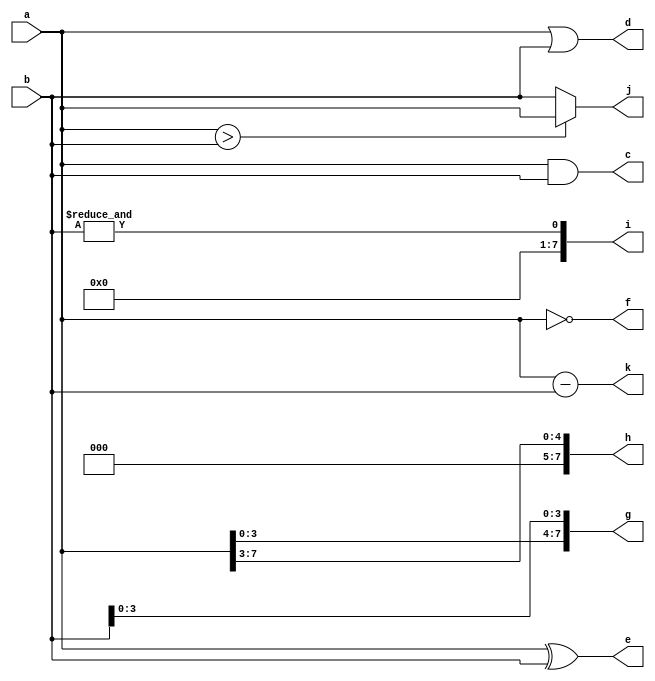
//
module test(
    input [7:0] a,b,
	output [7:0] c,d,e,f,g,h,i,j,k );

    assign c = a & b;
	assign d = a | b;
	assign e = a ^ b;
	assign f = ~a;
	assign g = {a[3:0],b[3:0]};
	assign h = a >> 3;
	assign i = &b;
	assign j = (a > b) ? a : b;
	assign k = a - b;

endmodule

/*
 a = 8'b0011_0011, b = 8'b1111_0000 
c = 8'b11_0000
d = 8'b1111_0011
e = 8'b1100_0011
f = 8'b1100_1100
g = 8'b0011_0000
h = 8'b110
i = 8'b0
j = 8'b1111_0000
k = 8'b0100_0011
*/